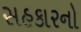
સહકારનો